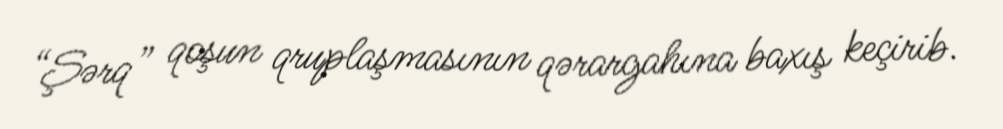
“Şərq” qoşun qruplaşmasının qərargahına baxış keçirib.